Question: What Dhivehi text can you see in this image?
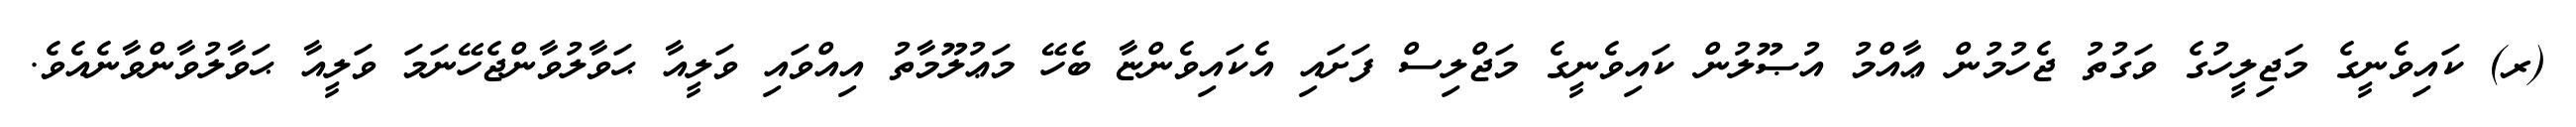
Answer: (ރ) ކައިވެނީގެ މަޖިލީހުގެ ވަގުތު ޖެހުމުން ޢާއްމު އުޞޫލުން ކައިވެނީގެ މަޖްލިސް ފަށައި އެކައިވެންޏާ ބެހޭ މަޢުލޫމާތު އިއްވައި ވަލީއާ ޙަވާލުވާންޖެހޭނަމަ ވަލީއާ ޙަވާލުވާންވާނެއެވެ.